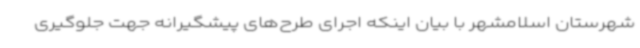
شهرستان اسلامشهر با بیان اینکه اجرای طرح‌های پیشگیرانه جهت جلوگیری